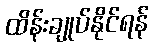
ထိန်းချုပ်နိုင်ရန်